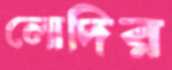
লোদির